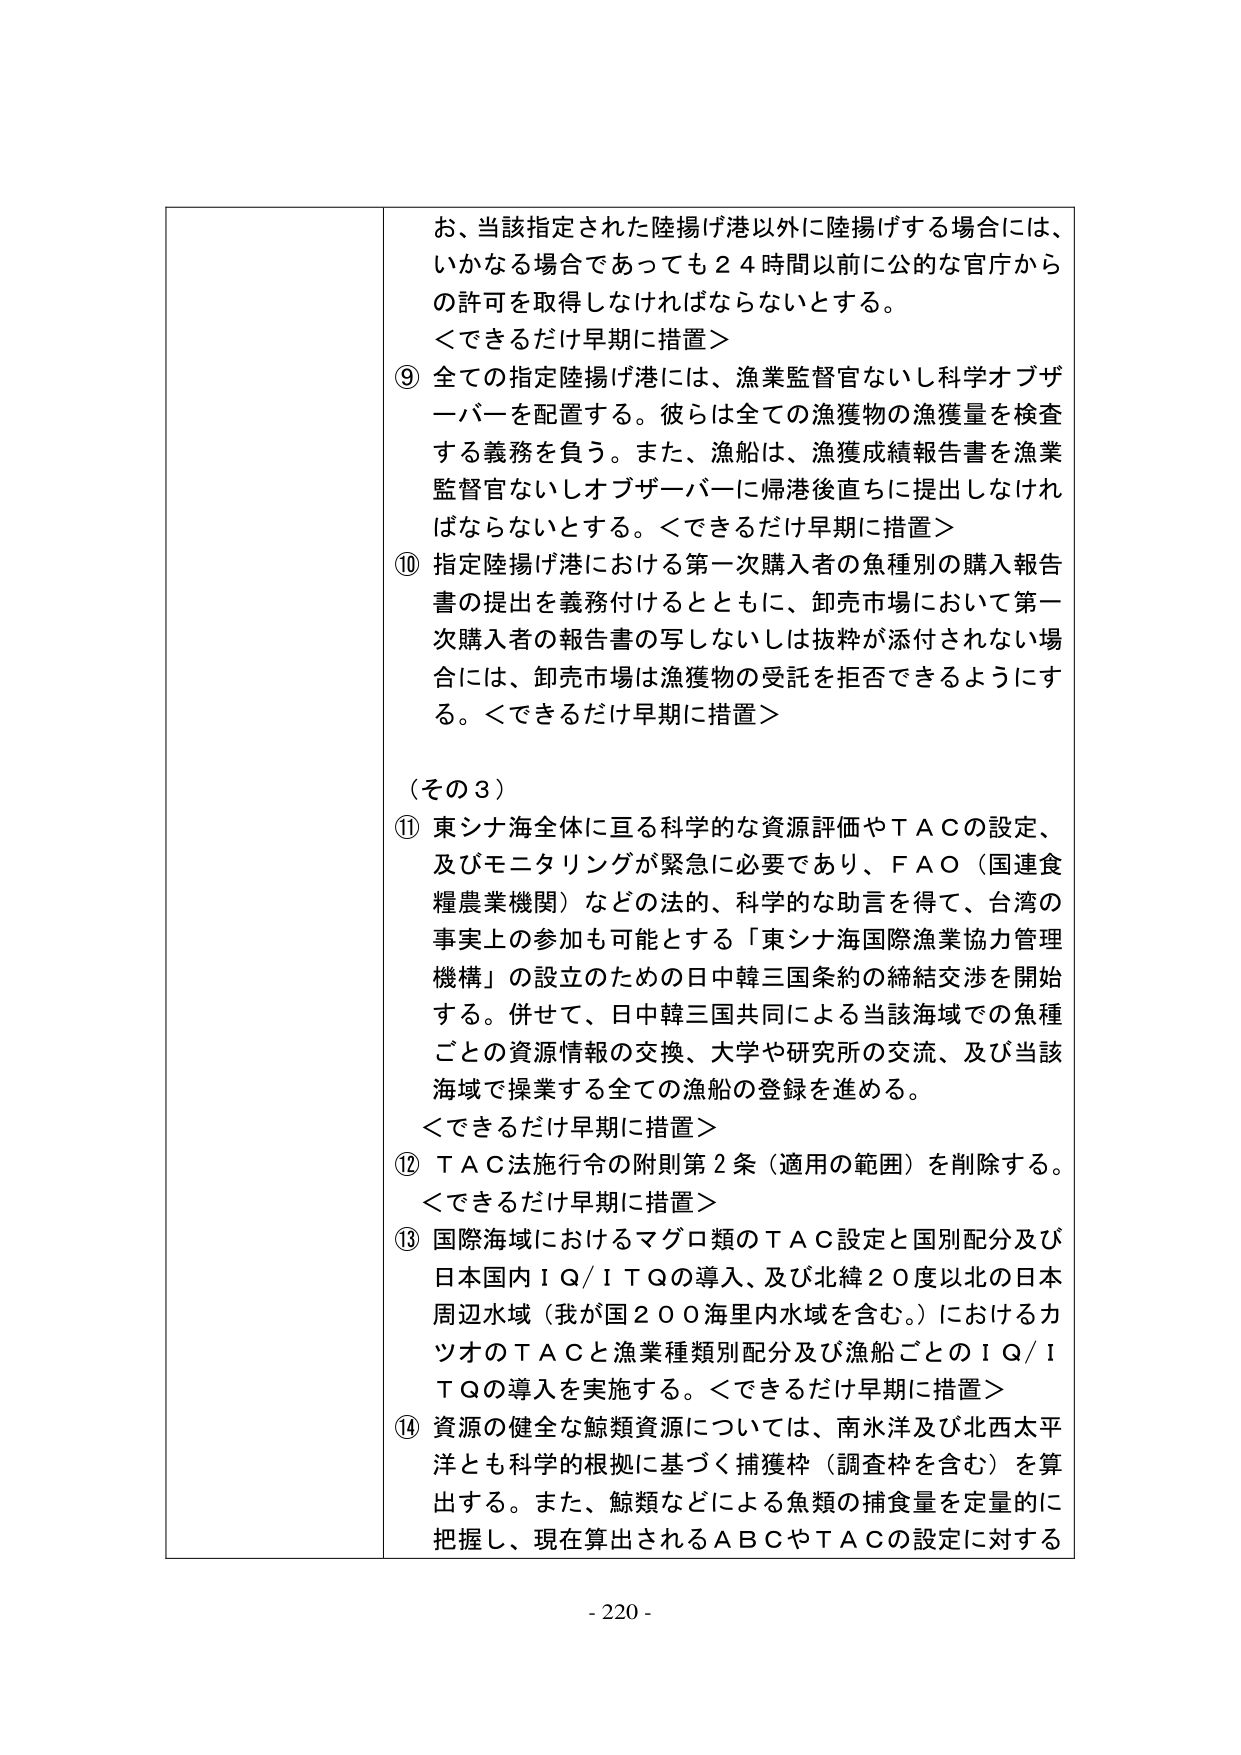
お、当該指定された陸揚げ港以外に陸揚げする場合には、
いかなる場合であっても２４時間以前に公的な官庁から
の許可を取得しなければならないとする。
＜できるだけ早期に措置＞

⑨ 全ての指定陸揚げ港には、漁業監督官ないし科学オブザーバーを配置する。彼らは全ての漁獲物の漁獲量を検査する義務を負う。また、漁船は、漁獲成績報告書を漁業監督官ないしオブザーバーに帰港後直ちに提出しなければならないとする。＜できるだけ早期に措置＞

⑩ 指定陸揚げ港における第一次購入者の魚種別の購入報告書の提出を義務付けるとともに、卸売市場において第一次購入者の報告書の写しないしは抜粋が添付されない場合には、卸売市場は漁獲物の受託を拒否できるようにする。＜できるだけ早期に措置＞

（その３）

⑪ 東シナ海全体に亘る科学的な資源評価やＴＡＣの設定、及びモニタリングが緊急に必要であり、ＦＡＯ（国連食糧農業機関）などの法的、科学的な助言を得て、台湾の事実上の参加も可能とする「東シナ海国際漁業協力管理機構」の設立のための日中韓三国条約の締結交渉を開始する。併せて、日中韓三国共同による当該海域での魚種ごとの資源情報の交換、大学や研究所の交流、及び当該海域で操業する全ての漁船の登録を進める。
＜できるだけ早期に措置＞

⑫ ＴＡＣ法施行令の附則第２条（適用の範囲）を削除する。
＜できるだけ早期に措置＞

⑬ 国際海域におけるマグロ類のＴＡＣ設定と国別配分及び日本国内ＩＱ／ＩＴＱの導入、及び北緯２０度以北の日本周辺水域（我が国２００海里内水域を含む。）におけるカツオのＴＡＣと漁業種類別配分及び漁船ごとのＩＱ／ＩＴＱの導入を実施する。＜できるだけ早期に措置＞

⑭ 資源の健全な鯨類資源については、南氷洋及び北西太平洋とも科学的根拠に基づく捕獲枠（調査枠を含む）を算出する。また、鯨類などによる魚類の捕食量を定量的に把握し、現在算出されるＡＢＣやＴＡＣの設定に対する

- 220 -